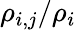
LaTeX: \rho_{i,j}/\rho_{i}